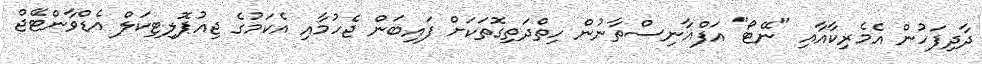
ދާދިފަހުން އެމެރިކާއާއި "ނޭޓޯ" އަފްޣާނިސްތާނުން ހިތްދަތިގޮތަކަށް ފައިބަން ޖެހުމާއި އެކަމުގެ ޖިއުޕޮލިޓިކަލް އެޑްވާންޓޭޖް